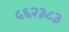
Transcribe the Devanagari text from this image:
५६२३८३